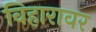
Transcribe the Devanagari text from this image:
विहारावर